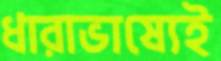
ধারাভাষ্যেই